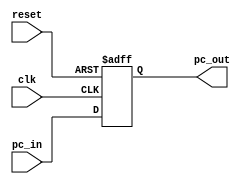
// rising-edge synchronous program counter
// output range: decimal 0 to 63 (== I-MEM height)
// data I/O width: 64 = 2^6. Actually, 32 = 2^5; 5+2 offset = 7 bits
// async reset: set program counter to 0 asynchronously
module program_counter (clk, reset, pc_in, pc_out);
	input clk, reset;
	input [6:0] pc_in;
	output [6:0] pc_out;
	reg [6:0] pc_out;
	always @ (posedge clk or posedge reset)
	begin
		if(reset==1'b1)
			pc_out<=0;
		else
			pc_out<=pc_in;
	end
endmodule